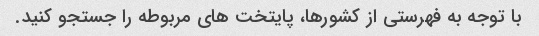
با توجه به فهرستی از کشورها، پایتخت های مربوطه را جستجو کنید.